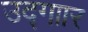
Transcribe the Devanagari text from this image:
उद्गाार